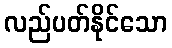
လည်ပတ်နိုင်သော